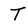
Character: T